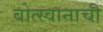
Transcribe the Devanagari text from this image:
बोत्स्वानाची